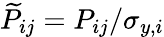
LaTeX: \widetilde{P}_{ij}=P_{ij}/\sigma_{y,i}